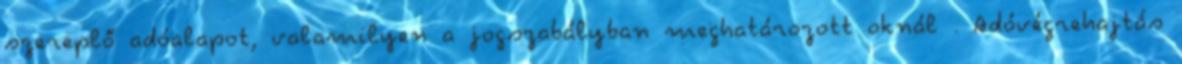
szereplő adóalapot, valamilyen a jogszabályban meghatározott oknál . Adóvégrehajtás